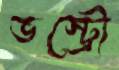
ভস্ট্রো